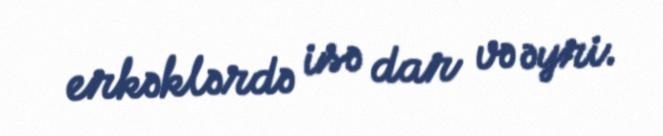
erkəklərdə isə dar və əyri.